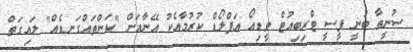
ސުނީތާ ބުނީ ޕީސީ ޓްރިބިއުޓް ވީޑިއޯ އަޕްލޯޑް ކުރުމާއެކު އޭނާއަށް "ކަންތައްގަނޑެއް" ލައިގަތް